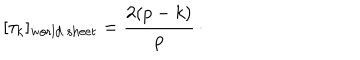
[ \tau _ { k } ] _ { \mathrm { w o r l d \ s h e e t } } = { \frac { 2 ( p - k ) } { p } } \, \cdotp